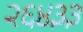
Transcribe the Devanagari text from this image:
२६४३३